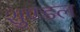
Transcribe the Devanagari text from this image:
शुण्डल